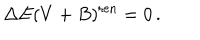
LaTeX: \Delta E ( V + B ) ^ { \mathrm { r e n } } = 0 \, .